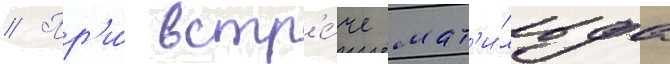
// Пр'и́ встр'е́че мат'и́льда